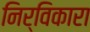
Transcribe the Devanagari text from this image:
निर्विकारा